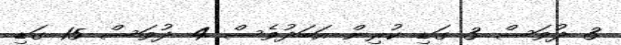
3 ދުވަސް 3 ގަޑި ކުރިން އަބަދުވެސް 4 ދުވަސް 15 ގަޑި